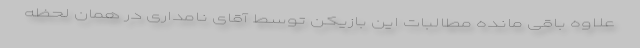
علاوه باقی مانده مطالبات این بازیکن توسط آقای نامداری در همان لحظه